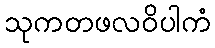
သုကတဖလဝိပါကံ